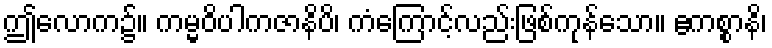
ဤလောက၌။ ကမ္မဝိပါကဇာနိပိ၊ ကံကြောင့်လည်းဖြစ်ကုန်သော။ ဧကစ္စာနိ၊